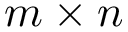
m \times n